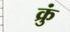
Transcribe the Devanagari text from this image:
क्रुं